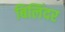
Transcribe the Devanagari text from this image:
बिलिंदर